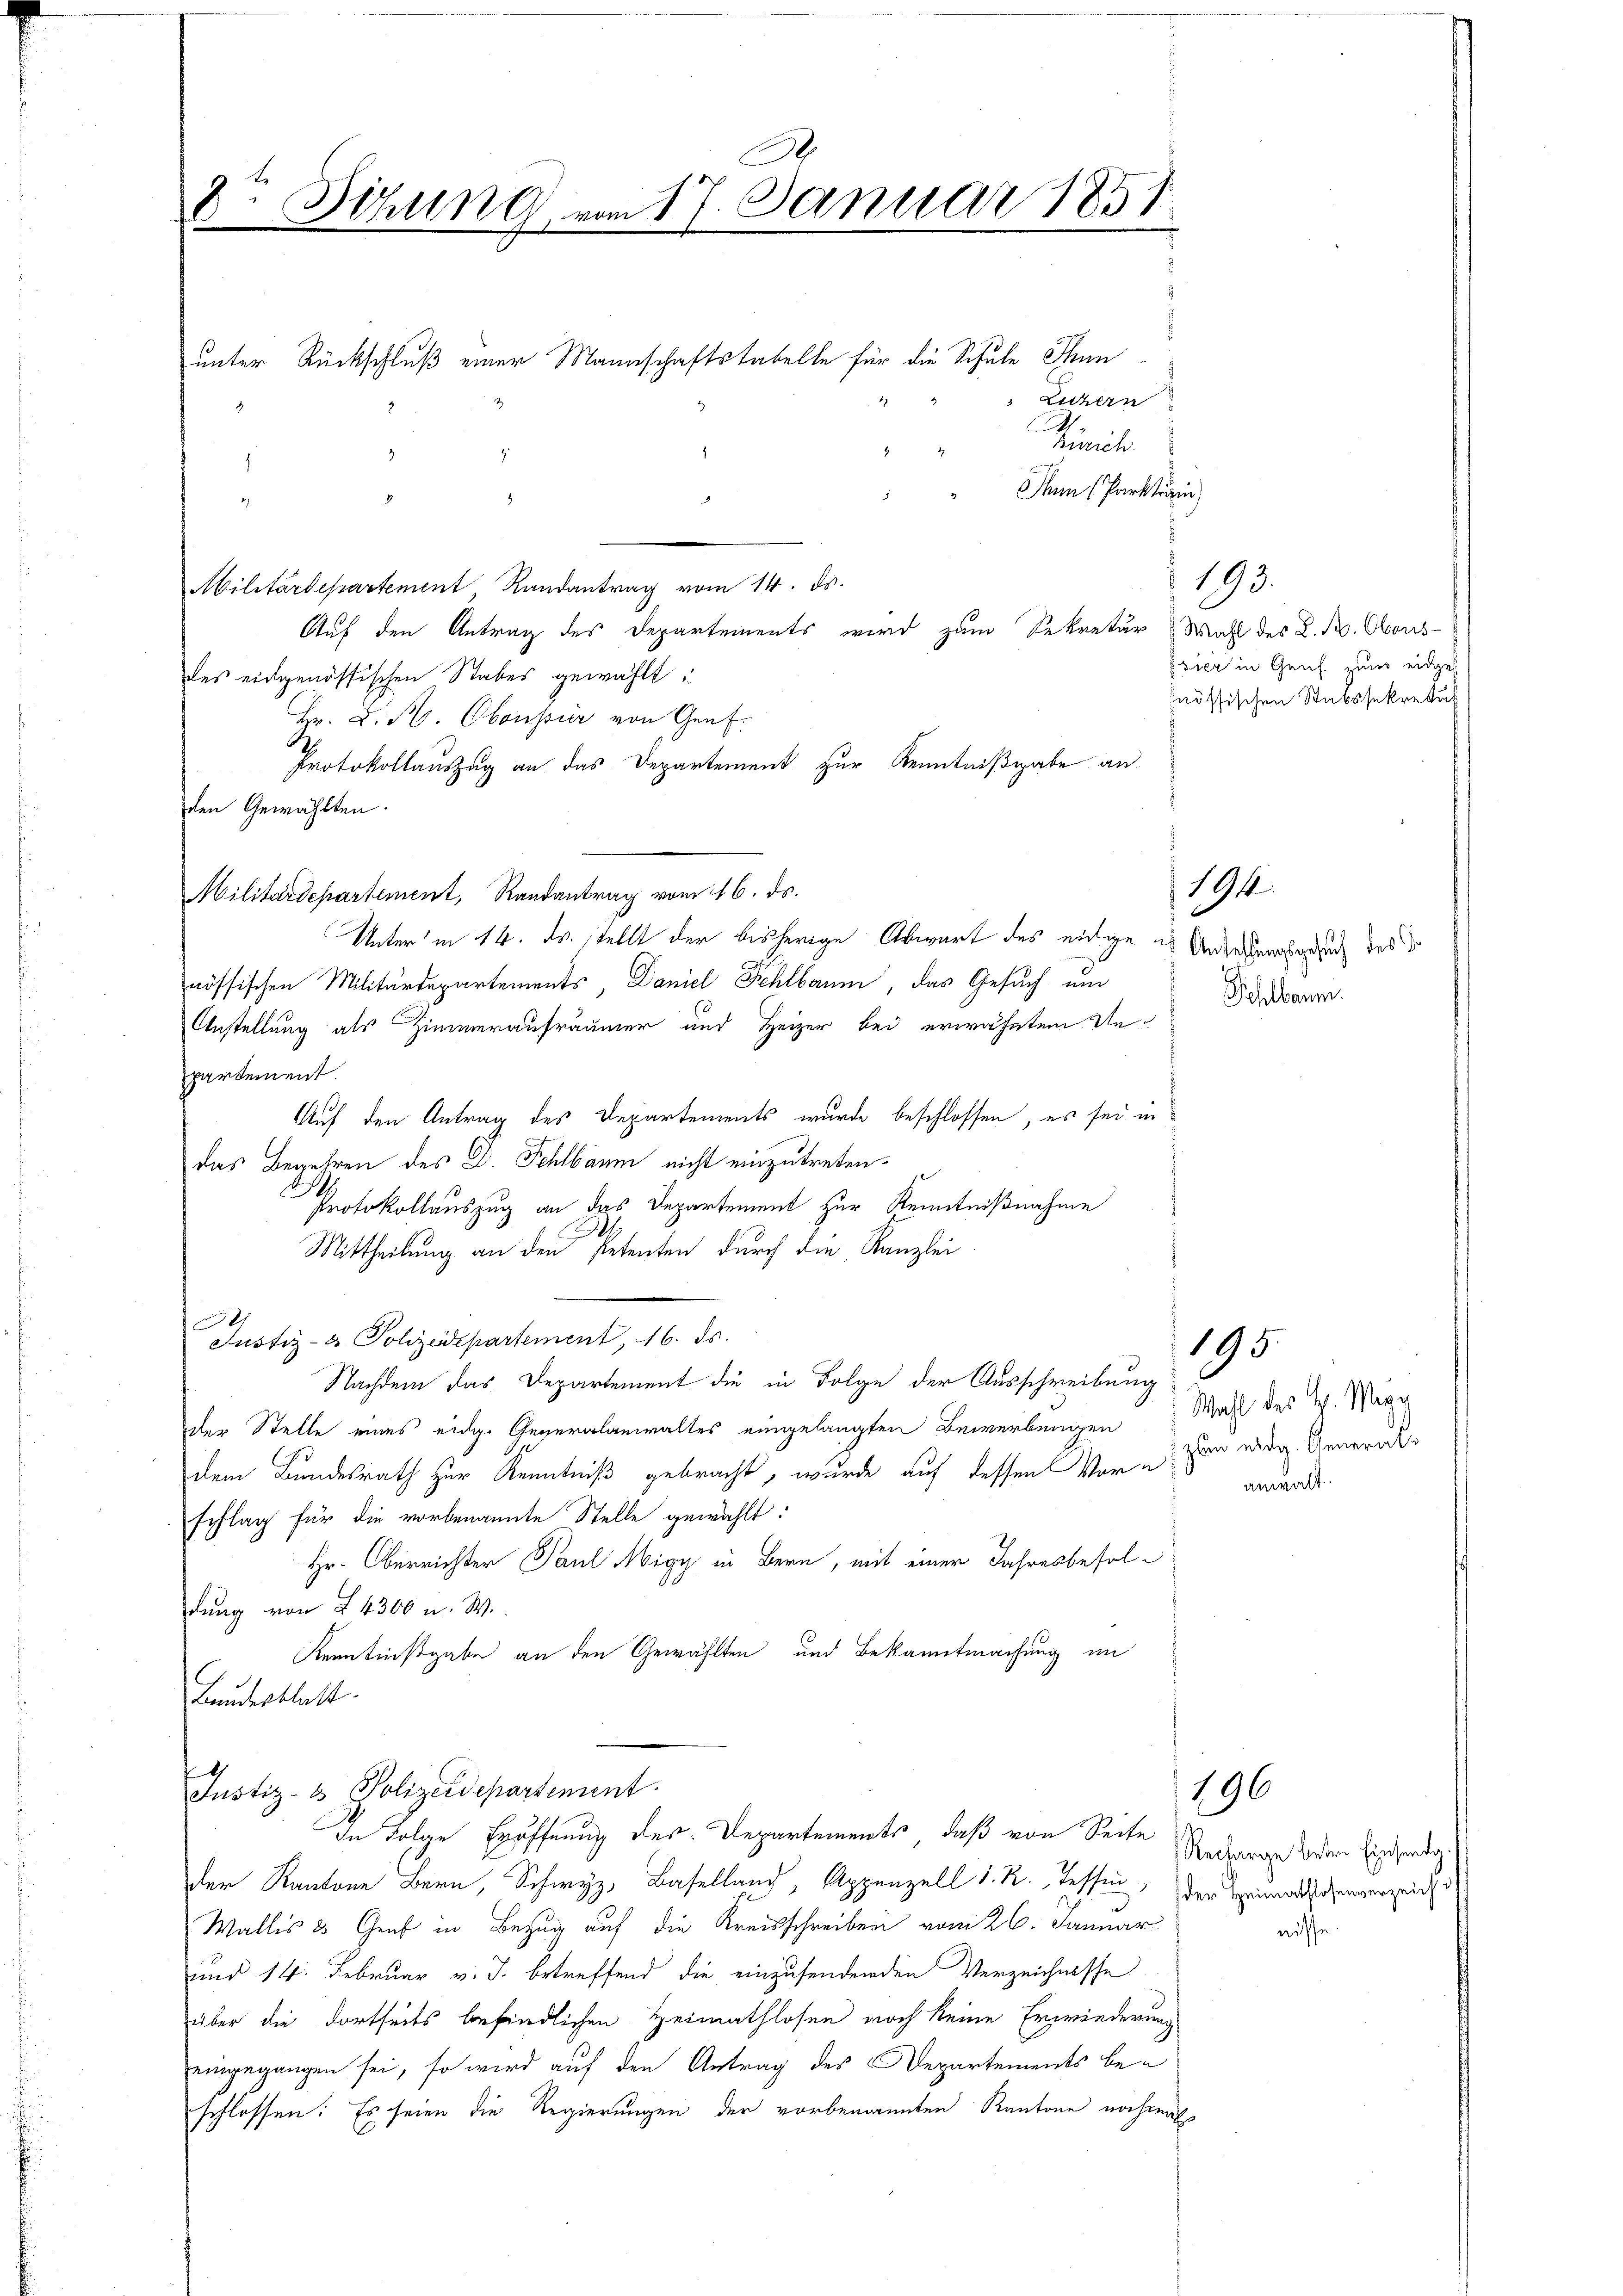
.
i
Sihung vom 17. Januar 1858
.

Luzern
Piricle
In (Parktrin
.
Militärdepartement, Randantrag vom 14. ds.
Auf den Antrag des Departements wird zum Sekretär Wahl des L. B. Obors-
des eidgenössischen Stabes gewählt:
Hr. Dr. H. Ebensur von Genf.
Protokollauszug an das Departement zur Kenntnißgabe an
den Gewählten.
Militärdepartement, Randantrag vom 16. ds.
Unter in 14. ds. stellt der bisherige Abwart des einige es Anderungsgesuch des
nössischen Militärdepartements Daniel Fehlbaum, das Gesuch um
Anstellung als Zimmeraufräumer und Heizer bei erwähntem Unpartement.
Auf den Antrag des Departements wurde beschlossen, es sei, in
das Begehren des D. Schlbaum nicht einzutreten.
Protokollauszug an das Departement zur Kenntnißnahme
Mittheilung an den Petenten durch die Kanzlei-
h
Justiz- & Polizeidepartement, 16. ds.
Nachdem das Departement die in Folge der Ausschreibung
der Stelle eines eidg. Generalanwaltes eingelangten Bewerbungen
dem Bundesrath zur Kenntniß gebracht, wurde auf dessen Vorschlag für die vorbenannte Stelle gewählt:
Hr. Oberrichter Paul Migy in Bern, mit einer Jahresbesoldung von § 4300 u. W.
Kenntnißgabe an den Gewählten und Bekanntmachung im
Bundesblatt.

unter Rückschluß einer Mannschaftstabelle für die Schule Ihne
.
.

Justiz- & Polizeidepartement.
In Folge Eröffnung des Departements, daß von Seite

193.
ssier in Genf zum eidgenössischen Stabssekretä

der Kantone Bern, Schwyz, Baselland, Appenzell I. R. Tessin, der Sanatsschenverzeich
Wallis u Genf in Bezug auf die Kreisschreiben vom 26. Januar
und 14. Februar v. J. betreffend die einzusendenden Verzeichnisse
über die dortseits befindlichen Heimathlosen noch keine Erwiederung
eingegangen sei, so wird auf den Antrag des Departements beschlossen: Es seien die Regierungen der vorbenannten Kantone nochmal

Sehlbaum

194

Wahl des H. Magi
zum eidg. Generalanwalt.

195.

196

Recharge betr. Einsendg.
nisse.